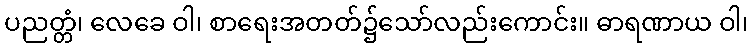
ပညတ္တံ၊ လေခေ ဝါ၊ စာရေးအတတ်၌သော်လည်းကောင်း။ ဓာရဏာယ ဝါ၊